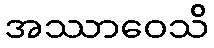
အဿာဝေသိ